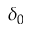
\delta _ { 0 }